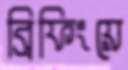
ব্রিফিংয়ে